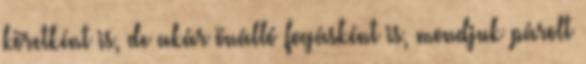
köretként is, de akár önálló fogásként is, mondjuk párolt